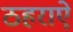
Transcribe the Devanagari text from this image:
ठहराऐ